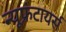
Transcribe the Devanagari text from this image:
न्यूफ्रंटायर्स